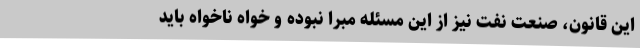
این قانون، صنعت نفت نیز از این مسئله مبرا نبوده و خواه ناخواه باید